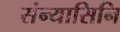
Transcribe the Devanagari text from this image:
संन्यासिनि